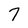
Character: 7